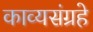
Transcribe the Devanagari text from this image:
काव्यसंग्रहे